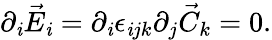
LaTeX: \partial_{\mathit{i}}\vec{{E}}_{\mathit{i}}=\partial_{\mathit{i}}\epsilon_{\mathit{i}jk}\partial_{j}\vec{{C}}_{k}=0.